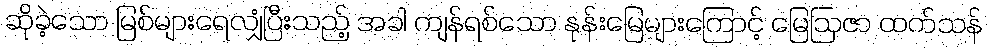
ဆိုခဲ့သော မြစ်များရေလျှံပြီးသည့် အခါ ကျန်ရစ်သော နုန်းမြေများကြောင့် မြေဩဇာ ထက်သန်